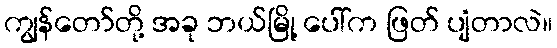
ကျွန်တော်တို့ အခု ဘယ်မြို့ ပေါ်က ဖြတ် ပျံတာလဲ။